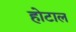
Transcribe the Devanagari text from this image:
होटाल